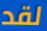
لقد